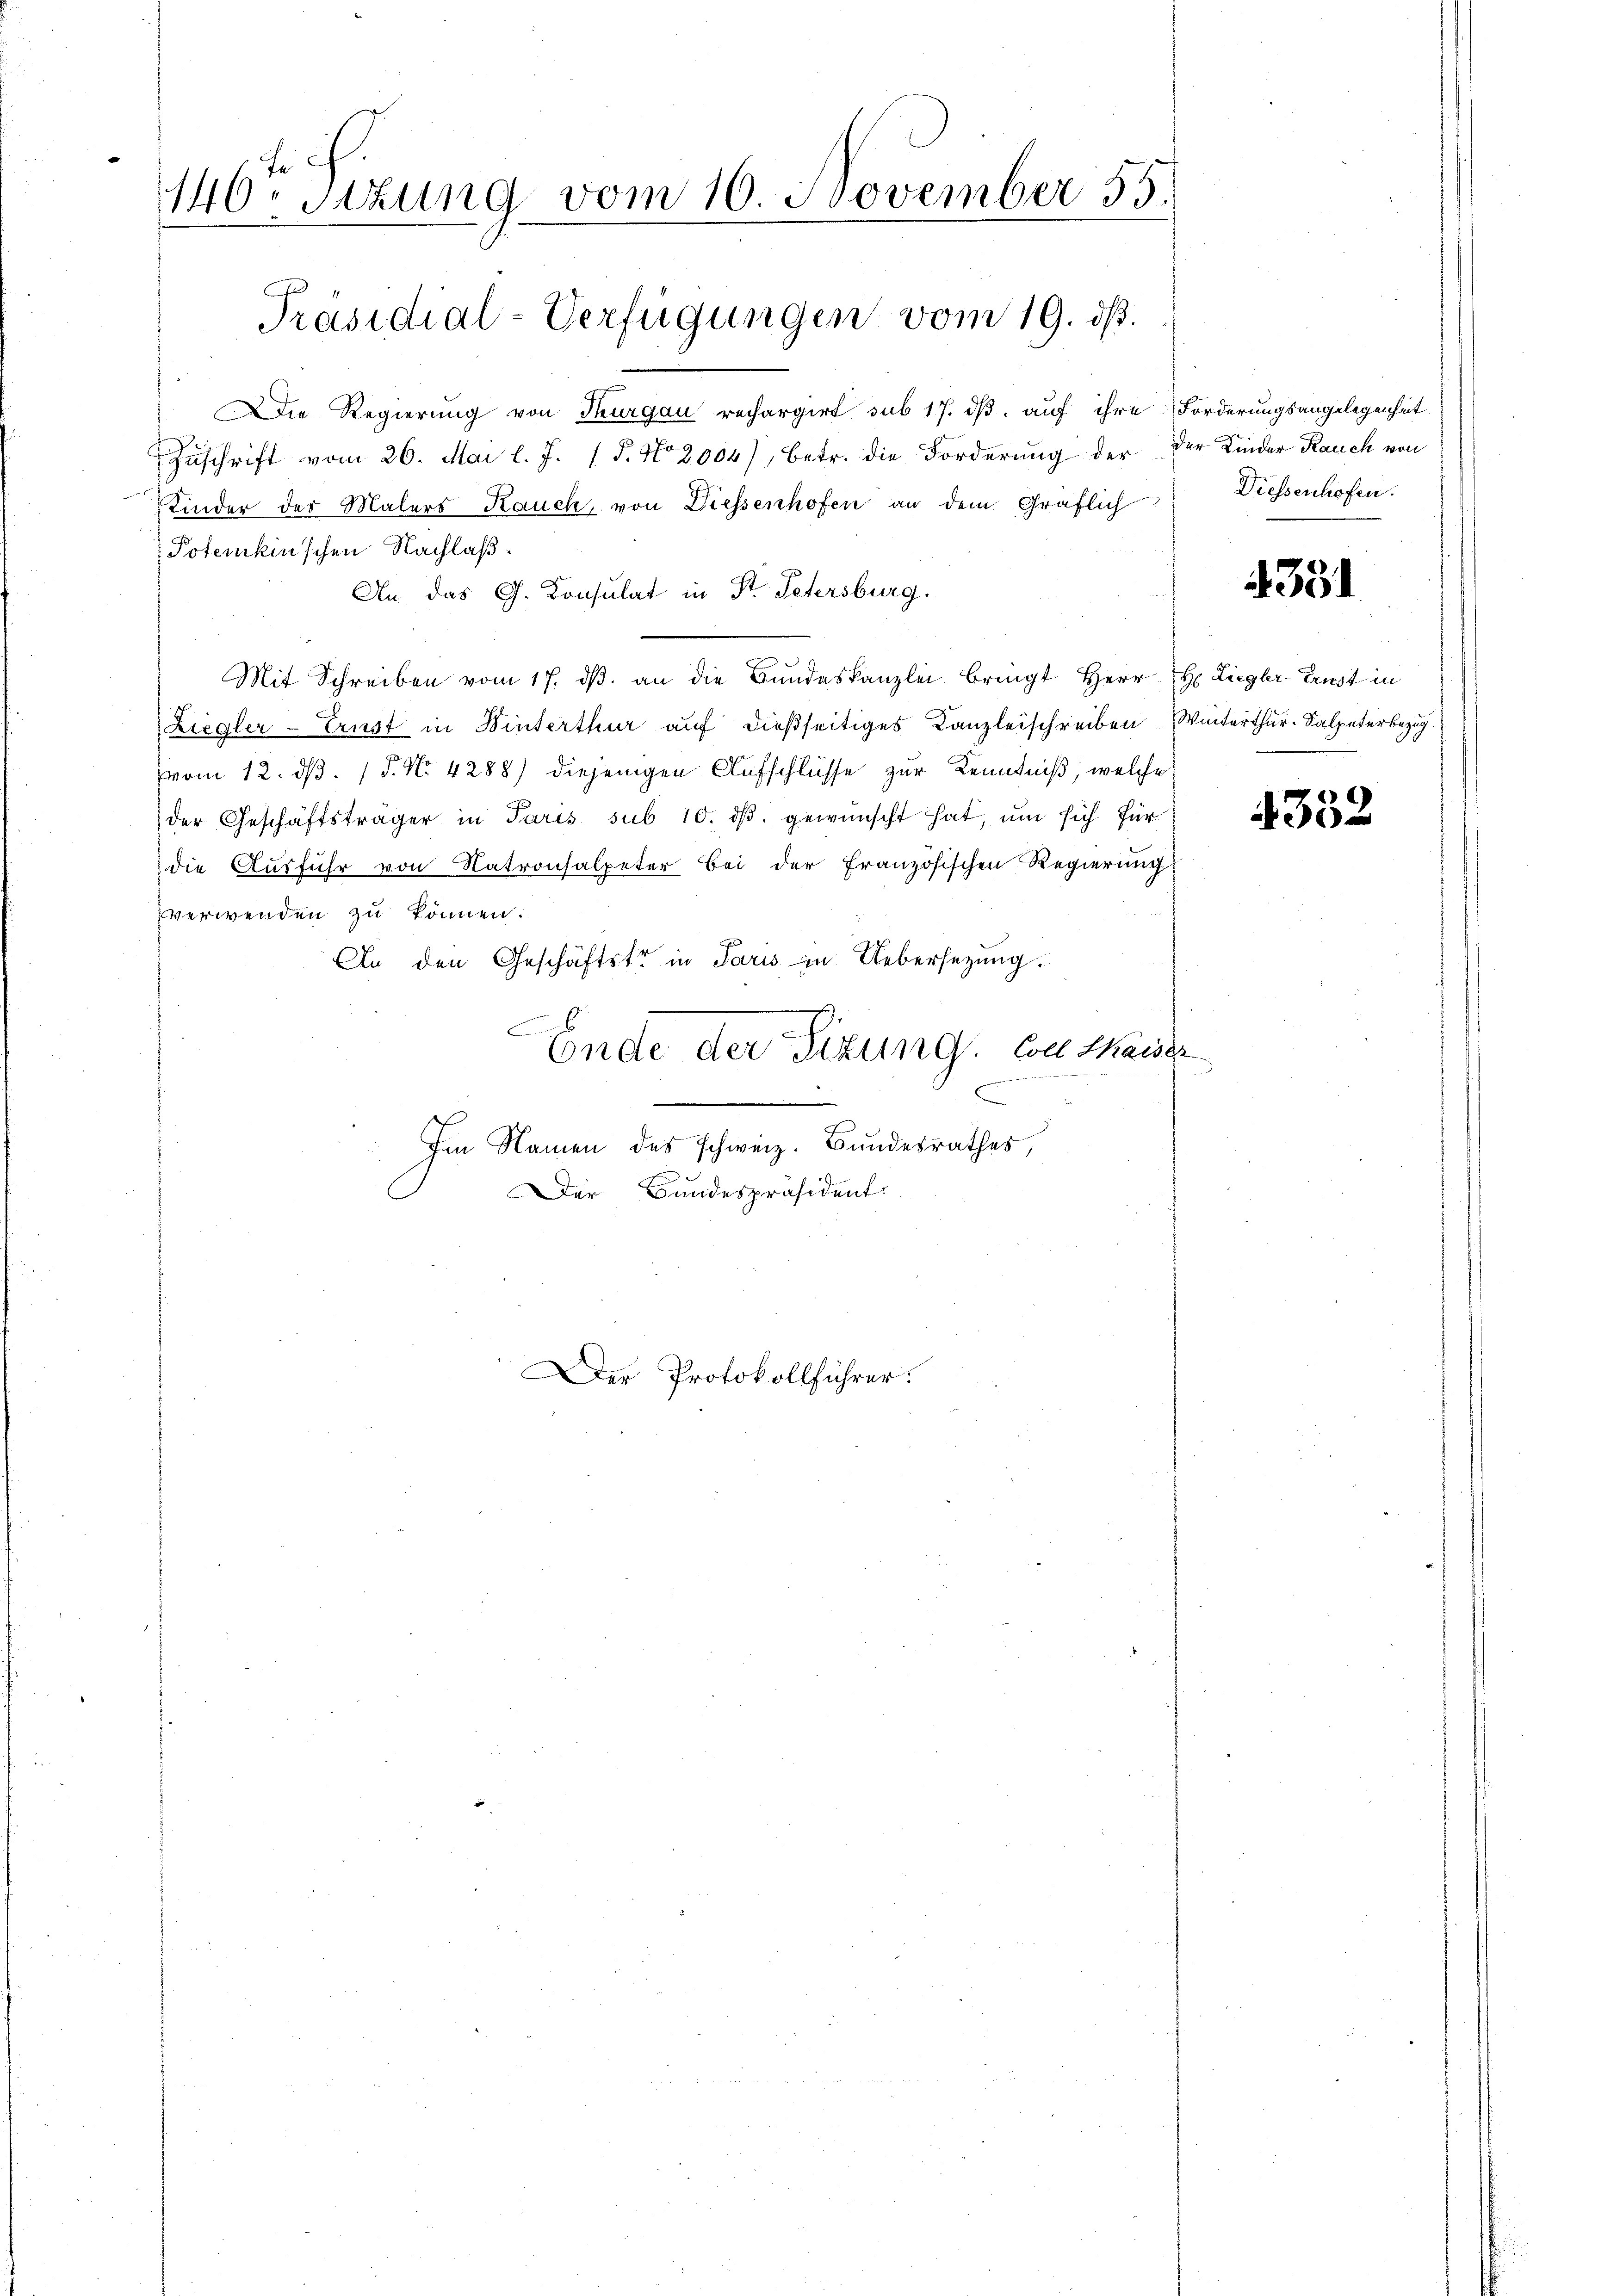
146ten Sizung vom 16. November 55.

Präsidial-Verfügungen vom 19. dß.

Die Regierung von Thurgau rechargirt sub 17. ds. auf ihre Forderungsangelegenheit
Zuschrift vom 26. Mai l. J. 18. No 2004), betr. die Forderung der der Kinder Rauch von
Kinder des Malers Kauch, von Diessenhofen an dem Gräflich
Poterkinschen Nachlaß
An das G. Consulat in St. Petersburg.
Mit Schreiben vom 17. dβ an die Bundeskanzlei bringt Herr H. Liegler-Ernst in
Ziegler-Ernst in Winterthur auf dießseitiges Kanzleischreiben Winterthur-Salpeterbezug
vom 12. ds. 1. No. 4288) diejenigen Aufschlüsse zur Kenntniß, welche
der Geschäftsträger in Paris sub 10. dβ. gewünscht hat, um sich für
die Ausführ von Natronalpeter bei der französischen Regierung
verwenden zu können.
An den Geschäftstr in Paris in Uebersetzung.
C
Ende der Sizung. Con thaiser
.
Im Namen des schweiz. Bundesrathes,
Der Bundespräsident.

Der Protokollführer.

Diessenhofen.

4351

4352